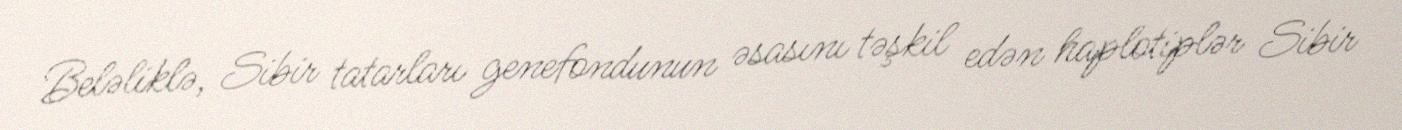
Beləliklə, Sibir tatarları genefondunun əsasını təşkil edən haplotiplər Sibir